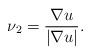
LaTeX: \begin{align*}\nu_{2} = \frac{\nabla u}{|\nabla u|}.\end{align*}